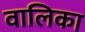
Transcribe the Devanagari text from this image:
वालिका